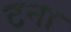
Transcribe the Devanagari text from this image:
टना